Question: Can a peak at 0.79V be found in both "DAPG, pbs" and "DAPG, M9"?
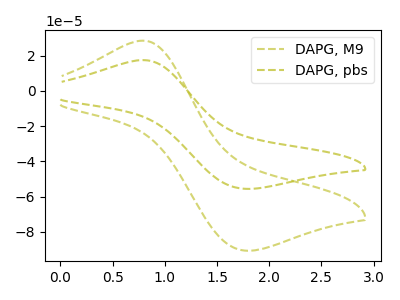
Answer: <think>The olive dashed curve "DAPG, M9" has an anodic peak at (0.80V, 28.55uA) and a cathodic peak at (1.75V, -90.70uA). The olive dashed curve "DAPG, pbs" has an anodic peak at (0.80V, 17.50uA) and a cathodic peak at (1.75V, -55.60uA).</think>
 <answer>Yes, "DAPG, pbs" and "DAPG, M9" share a peak at 0.79V.</answer>
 <eval>match</eval>